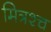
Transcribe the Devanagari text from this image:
मित्रश्च